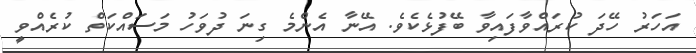
އަހަރު ހޭދަ ކުރައްވާފައިވާ ބޭފުޅެކެވެ. އޭނާ އެންމެ ގިނަ ދުވަހު މަސައްކަތް ކުރެއްވީ